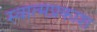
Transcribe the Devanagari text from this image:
स्वात्मप्रकाश